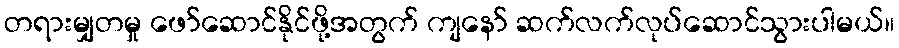
တရားမျှတမှု ဖော်ဆောင်နိုင်ဖို့အတွက် ကျနော် ဆက်လက်လုပ်ဆောင်သွားပါမယ်။